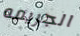
الجريمه